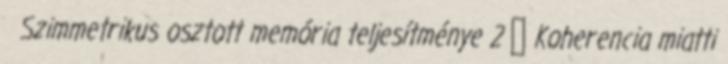
Szimmetrikus osztott memória teljesítménye 2 ● Koherencia miatti